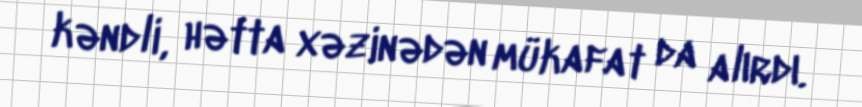
kəndli, hətta xəzinədən mükafat da alırdı.